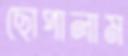
ছোপালাম